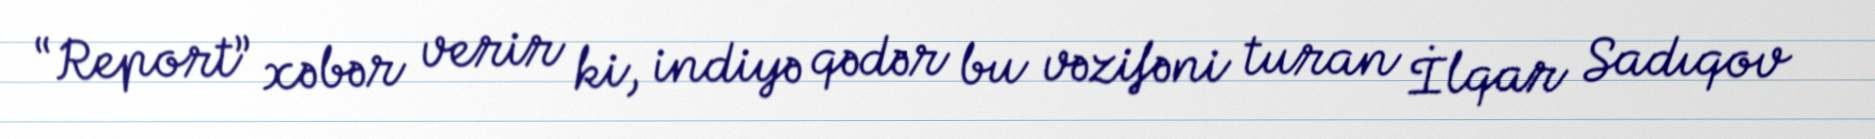
“Report” xəbər verir ki, indiyə qədər bu vəzifəni turan İlqar Sadıqov